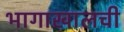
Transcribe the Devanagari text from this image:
भागाखालची